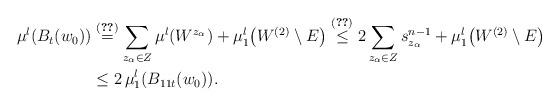
LaTeX: \begin{align*}\mu^{l}(B_t(w_0))&\stackrel{\eqref{e:stima banana}}{=}\sum_{z_\alpha\in Z} \mu^{l}(W^{z_\alpha}) +\mu^{l}_1\big(W^{(2)}\setminus E\big)\stackrel{\eqref{e:stima chiava}}{\leq}2 \sum_{z_\alpha\in Z} s_{z_\alpha}^{n-1} +\mu^{l}_1\big(W^{(2)}\setminus E\big)\\&\leq 2\,\mu^l_1(B_{11t}(w_0)).\end{align*}